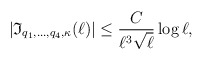
\begin{align*}|\mathfrak{I}_{q_1,\ldots, q_4, \kappa}(\ell)|\leq \frac{C}{\ell^3 \sqrt{\ell}}\log \ell,\end{align*}